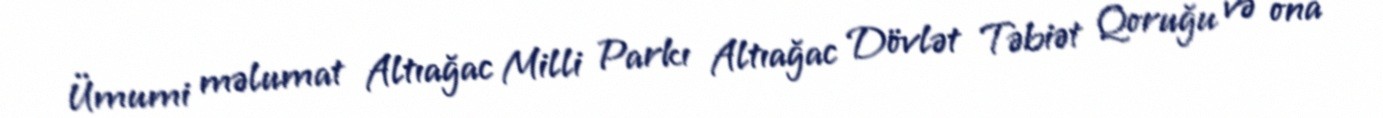
Ümumi məlumat Altıağac Milli Parkı Altıağac Dövlət Təbiət Qoruğu və ona